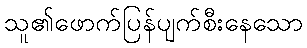
သူ၏ဖောက်ပြန်ပျက်စီးနေသော